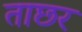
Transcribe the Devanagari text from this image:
ताछर